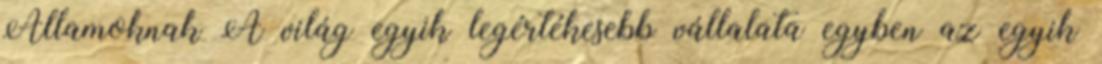
Államoknak A világ egyik legértékesebb vállalata egyben az egyik